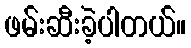
ဖမ်းဆီးခဲ့ပါတယ်။